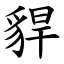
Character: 貋